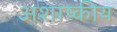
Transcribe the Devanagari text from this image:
अशाष्कीय